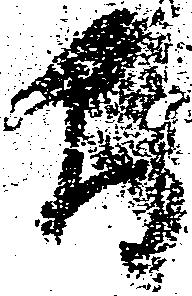
間